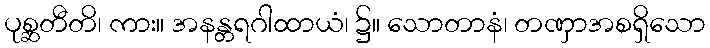
ပုစ္ဆတီတိ၊ ကား။ အနန္တရဂါထာယံ၊ ၌။ သောတာနံ၊ တဏှာအစရှိသော